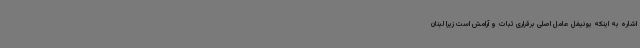
اشاره به اینکه یونیفل عامل اصلی برقراری ثبات و آرامش است زیرا لبنان